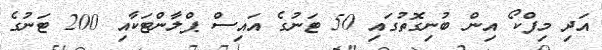
އަދި މިފްކޯ އިން ބުނިގޮތުގައި 50 ޓަނުގެ އައިސް ޕްލާންޓަކާއި 200 ޓަނުގެ